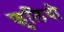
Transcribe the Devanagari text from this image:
फुलियो